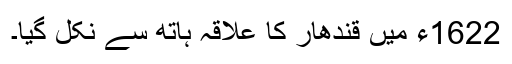
1622ء میں قندھار کا علاقہ ہاتھ سے نکل گیا۔